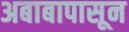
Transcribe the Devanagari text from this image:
अबाबापासून